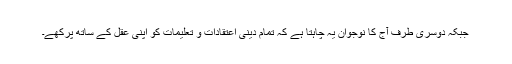
جبکہ دوسری طرف آج کا نوجوان یہ چاہتا ہے کہ تمام دینی اعتقادات و تعلیمات کو اپنی عقل کے ساتھ پرکھے۔